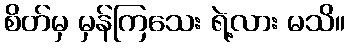
စိတ်မှ မှန်ကြသေး ရဲ့လား မသိ။